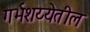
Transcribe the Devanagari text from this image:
गर्भशय्येतील